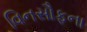
વિનસૌફના